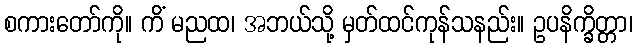
စကားတော်ကို။ ကိံ မညထ၊ အဘယ်သို့ မှတ်ထင်ကုန်သနည်း။ ဥပနိက္ခိတ္တာ၊